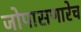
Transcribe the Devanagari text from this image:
जोपासणारेच